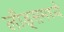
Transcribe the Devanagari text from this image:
लीड्समध्ये